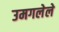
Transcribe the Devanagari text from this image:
उमगलेले